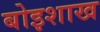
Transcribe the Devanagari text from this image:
बोइशाख